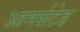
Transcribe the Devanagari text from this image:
आमर्सटेड